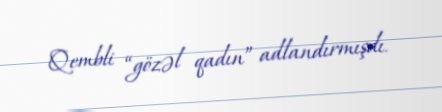
Qembli “gözəl qadın” adlandırmışdı.